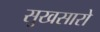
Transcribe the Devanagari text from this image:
सुखसारो